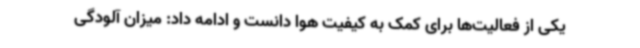
یکی از فعالیت‌ها برای کمک به کیفیت هوا دانست و ادامه داد: میزان آلودگی